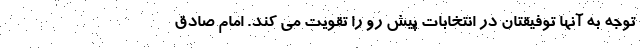
توجه به آنها توفیقتان در انتخابات پیش رو را تقویت می کند. امام صادق